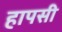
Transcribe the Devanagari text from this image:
हापसी